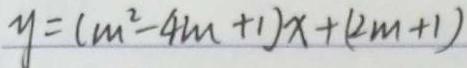
y = ( m ^ { 2 } - 4 m + 1 ) x + ( 2 m + 1 )